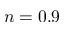
n = 0 . 9